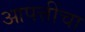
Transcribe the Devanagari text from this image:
आपत्तींचा